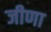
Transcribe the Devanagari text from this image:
जीणा